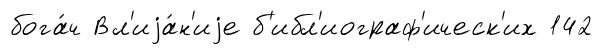
бога́ч Вл'иjа́н'иjе б'ибл'иограф'ическ'их 142